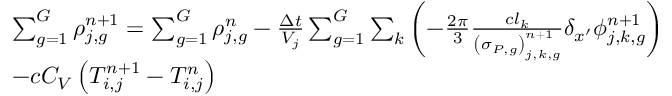
\begin{array} { l } { { \sum _ { g = 1 } ^ { G } \rho _ { j , g } ^ { n \mathrm { + 1 } } = \sum _ { g = 1 } ^ { G } \rho _ { j , g } ^ { n } - \frac { \Delta t } { V _ { j } } \sum _ { g = 1 } ^ { G } \sum _ { k } \left( - \frac { 2 \pi } { 3 } \frac { c l _ { k } } { \left( \sigma _ { P , g } \right) _ { j , k , g } ^ { n + 1 } } \delta _ { x ^ { \prime } } \phi _ { j , k , g } ^ { n + 1 } \right) } } \\ { { - c C _ { V } \left( T _ { i , j } ^ { n + 1 } - T _ { i , j } ^ { n } \right) } } \end{array}